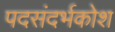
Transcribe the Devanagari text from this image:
पदसंदर्भकोश